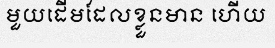
មួយដើមដែលខ្លួនមាន ហើយ